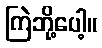
ကြဲဘို့ပေါ့။